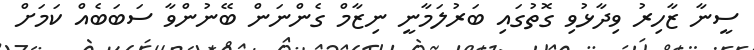
ސީނާ ޒާހިރު ވިދާޅުވި ގޮތުގައި ބަރުލަމާނީ ނިޒާމް ގެންނަން ބޭނުންވާ ސަބަބެއް ކަމަށް